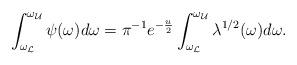
LaTeX: \begin{align*} \int_{\omega_{\mathcal{L}}}^{\omega_{\mathcal{U}}}\psi(\omega)d\omega = \pi^{-1} e^{-\frac{u}{2}} \int_{\omega_{\mathcal{L}}}^{\omega_{\mathcal{U}}}\lambda^{1/2}(\omega)d\omega.\end{align*}